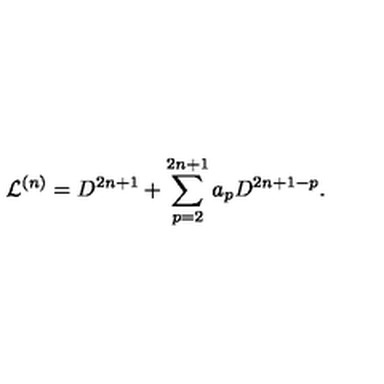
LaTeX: { \cal L } ^ { ( n ) } = D ^ { 2 n + 1 } + \sum _ { p = 2 } ^ { 2 n + 1 } a _ { p } D ^ { 2 n + 1 - p } .